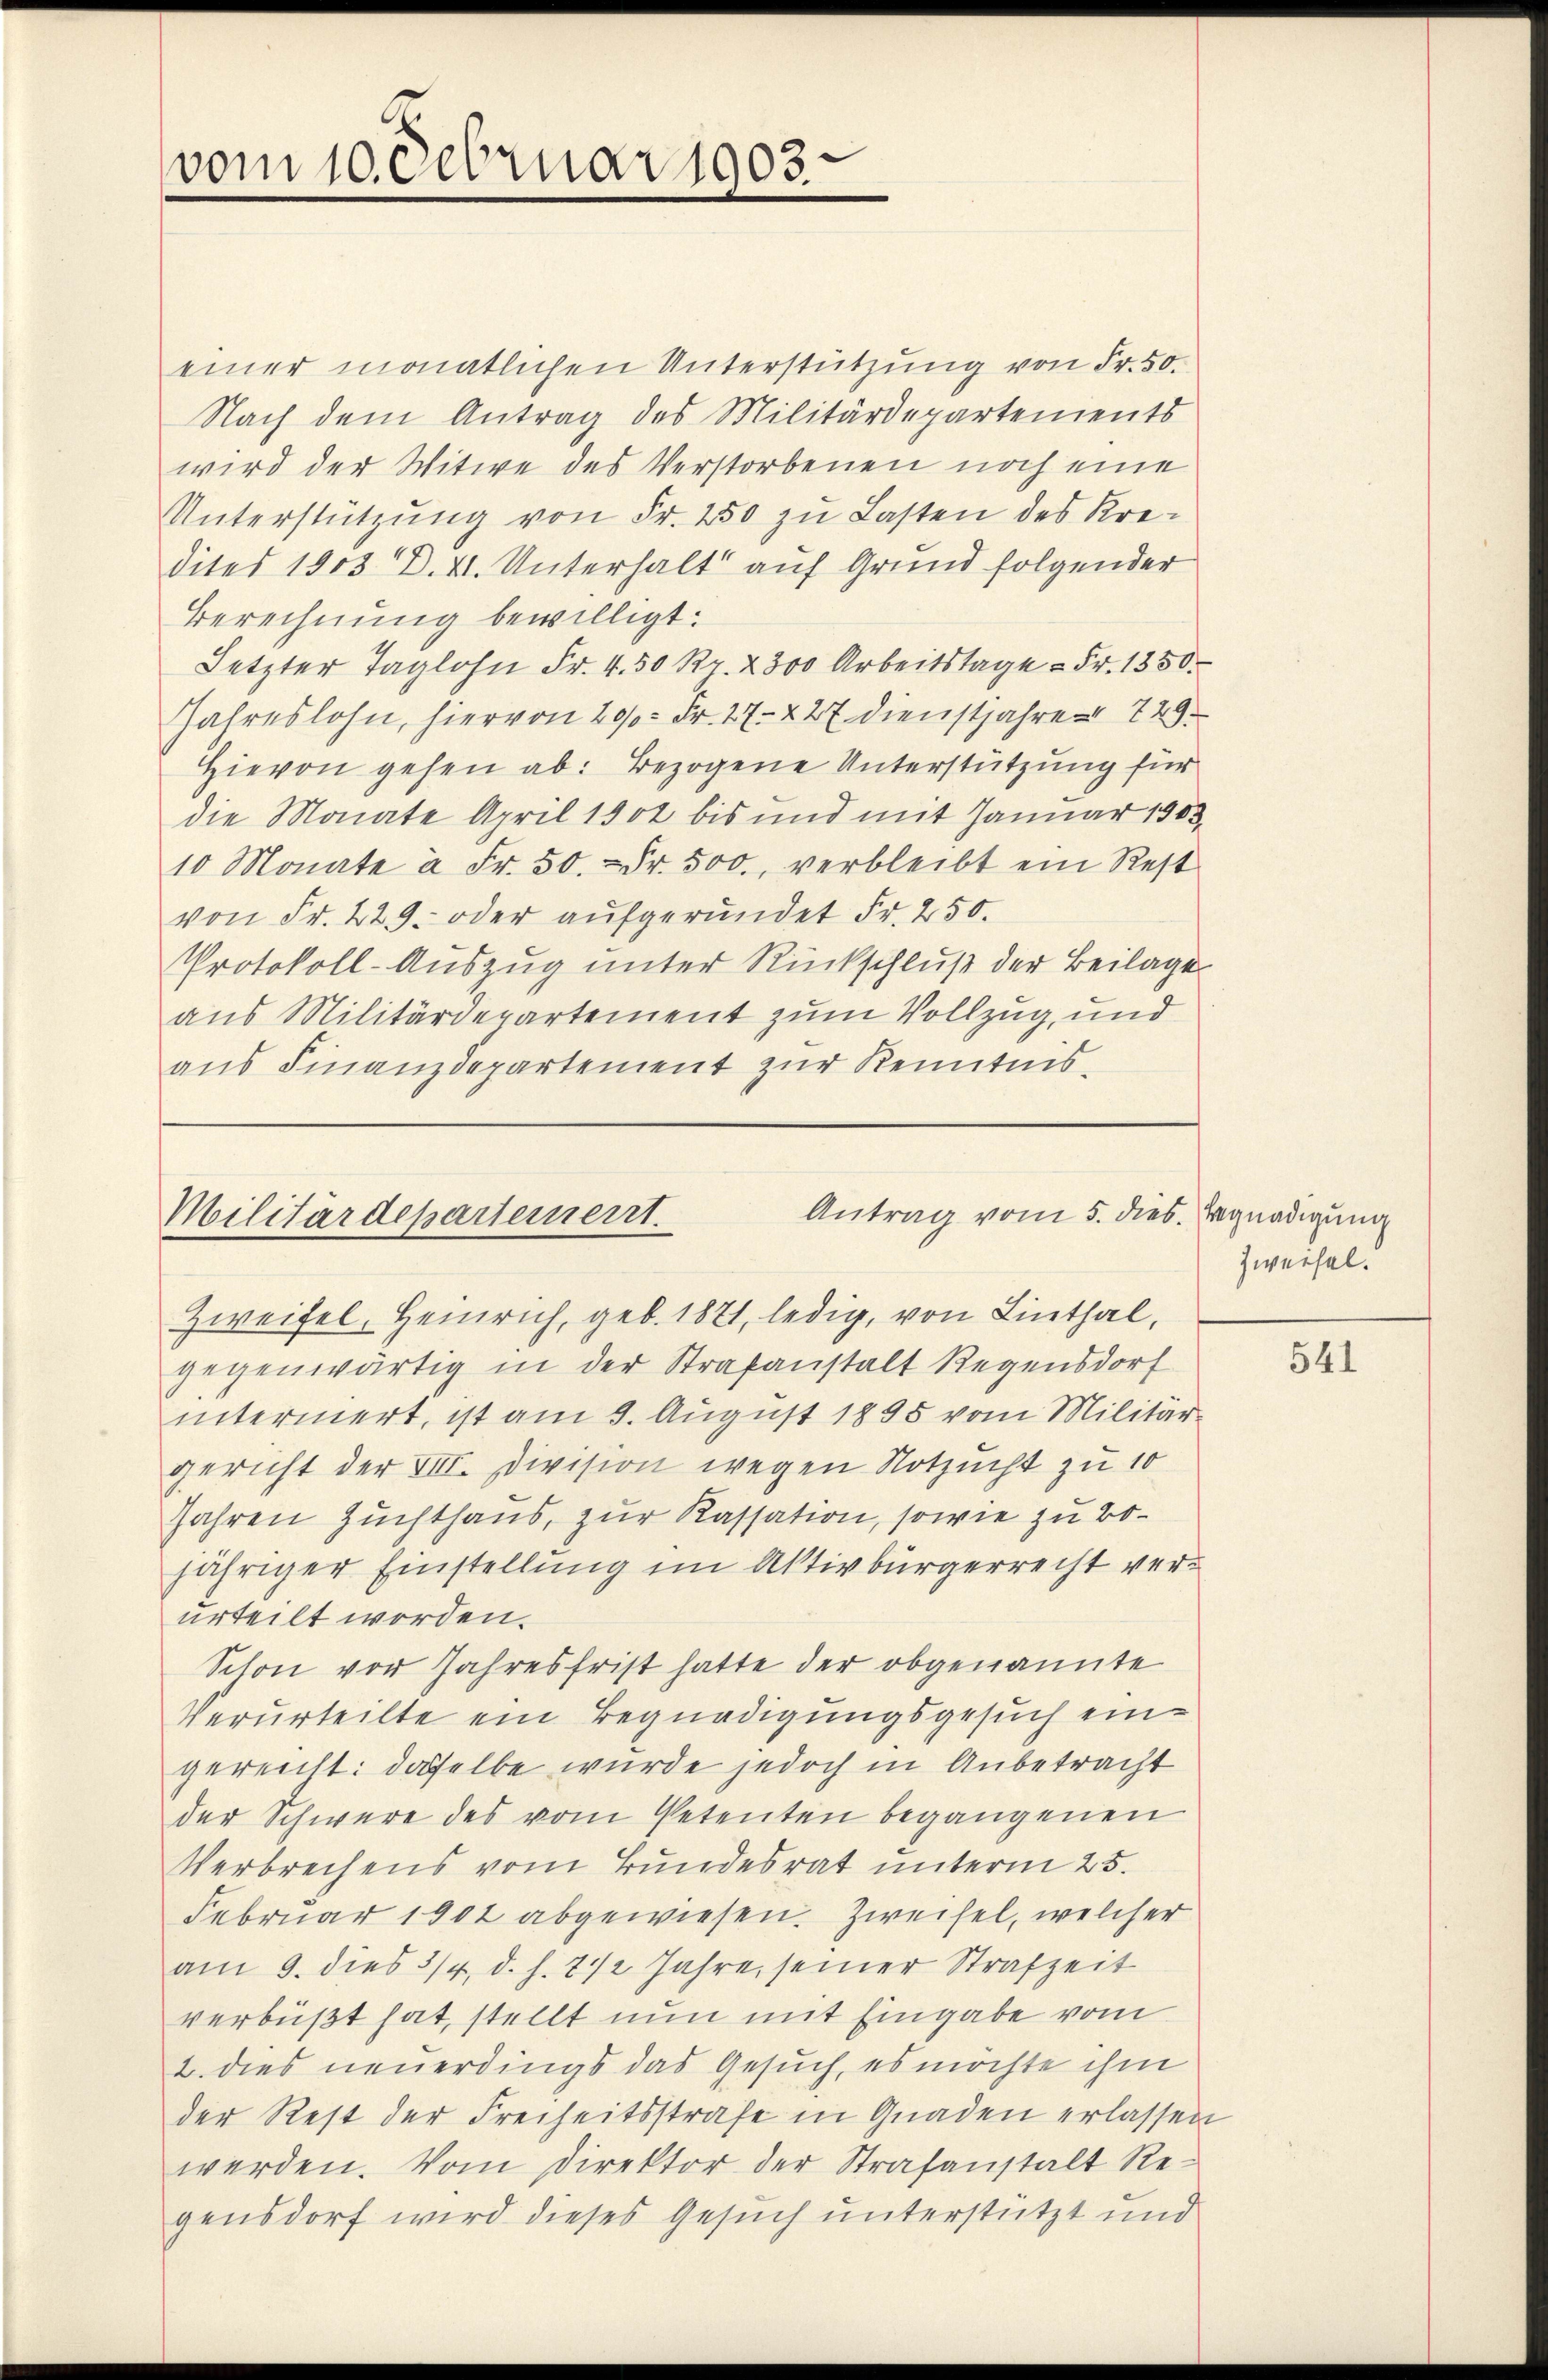
vom 10. Februar 1903.

einer monatlichen Unterstützung von Fr. 50.
Nach dem Antrag des Militärdepartements
wird der Witwe des Verstorbenen noch eine
Unterstützŭng von Fr. 250 zŭ Lasten des Kre-
dites 1903 D. VI. Unterhalt auf Grund folgender
Berechnung bewilligt:
Jetzter Taglohn Fr. 4. 50 Rp. 2300 Arbeitstage - Fr. 1350.
Jahreslohn, hiervon 200 Fr. 27. 227 dienstjahre 729.
Hievon gehen ab: Bezogene Unterstützung für
die Monate April 1902 bis und mit Januar 1903,
10 Monate à Fr. 50.  Fr. 500, verbleibt ein Rest
von Fr. 229. oder aŭfgeründet Fr. 250.
Protokoll-Auszug unter Rückschluß der Beilage
aus Militärdepartement zum Vollzug, und
aus Finanzdepartement zur Kenntnis¬

Antrag vom 5. dies. Begnadigung
Militärdepartement.
Zweifel, Heinrich, geb. 1871, ledig, von Linthal,

gegenwärtig in der Strafanstalt Regensdorf
interniert, ist am 9. August 1895 vom Militär-
gericht der VII. Division wegen Notzucht zu 10
Jahren Zuchthaus, zur Kassation, sowie zu Bojähriger Einstellung im Aktivbürgerrecht verurteilt worden.
Schon vor Jahresfrist hatte der obgenannte
Verurteilte ein Begnadigungsgesuch eingereicht: daselbe wurde jedoch in Anbetracht
der Schwere des vom Petenten begangenen
Verbrechens vom Bundesrat unterm 25.
Februar 1902 abgewiesen. Zweifel, welcher
am 9. dies 3/4. d. h. 7 1/2 Jahre, seiner Strafzeit
verbüßt hat, stellt nun mit Eingabe vom
2. dies neuerdings das Gesuch, es möchte ihm
der Rest der Freiheitsstrafe in Gnaden erlassen
werden. Vom Direktor der Strafanstalt Regensdorf wird dieses Gesuch unterstützt und

Zweifel.

541